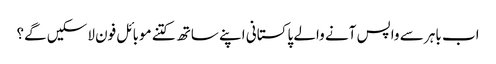
اب باہر سے واپس آنے والے پاکستانی اپنے ساتھ کتنے موبائل فون لاسکیں گے؟